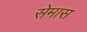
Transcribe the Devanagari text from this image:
सेमास